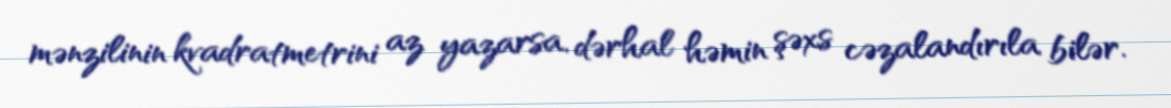
mənzilinin kvadratmetrini az yazarsa, dərhal həmin şəxs cəzalandırıla bilər.